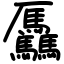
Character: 𠫑